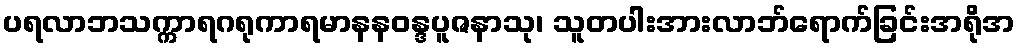
ပရလာဘသက္ကာရဂရုကာရမာနနဝန္ဒပူဇနာသု၊ သူတပါးအားလာဘ်ရောက်ခြင်းအရိုအ